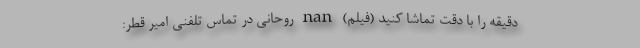
دقیقه را با دقت تماشا کنید (فیلم) nan روحانی در تماس تلفنی امیر قطر: